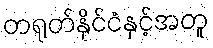
တရုတ်နိုင်ငံနှင့်အတူ